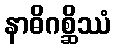
နာဓိဂစ္ဆိဿံ